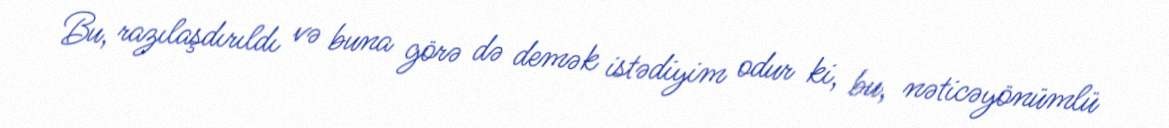
Bu, razılaşdırıldı və buna görə də demək istədiyim odur ki, bu, nəticəyönümlü